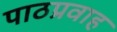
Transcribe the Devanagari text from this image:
पाठप्रवाह